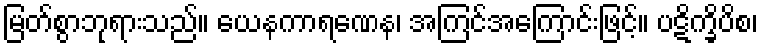
မြတ်စွာဘုရားသည်။ ယေနကာရဏေန၊ အကြင်အကြောင်းဖြင့်။ ပဋိက္ခိပိစ၊